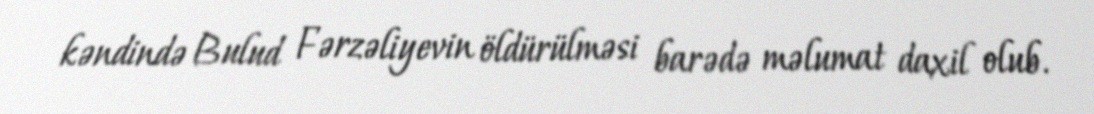
kəndində Bulud Fərzəliyevin öldürülməsi barədə məlumat daxil olub.